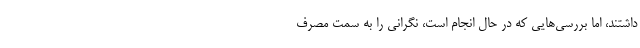
داشتند، اما بررسی‌هایی که در حال انجام است، نگرانی را به سمت مصرف